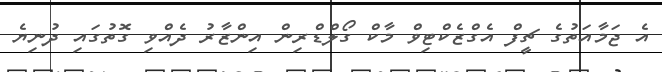
އެ ޖަމާއަތުގެ ޗީފް އެގްޒެކްޓިވް މާކް ގޯލްޑްރިން އިންޒާރު ދެއްވި ގޮތުގައި ދުނިޔެ